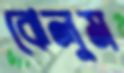
ঝেলুম